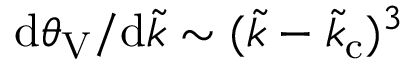
\mathrm { d } \theta _ { \mathrm { V } } / \mathrm { d } \tilde { k } \sim ( \tilde { k } - \tilde { k } _ { \mathrm { c } } ) ^ { 3 }